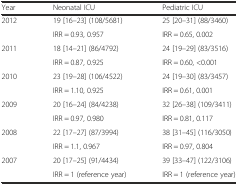
| Year | Neonatal ICU | Pediatric ICU |
 | --- | --- | --- |
 | <ROWSPAN=2> 2012 | 19 [16–23] (108/5681) | 25 [20–31] (88/3460) |
 | IRR = 0.93, 0.957 | IRR = 0.65, 0.002 |
 | <ROWSPAN=2> 2011 | 18 [14–21] (86/4792) | 24 [19–29] (83/3516) |
 | IRR = 0.87, 0.925 | IRR = 0.60, <0.001 |
 | <ROWSPAN=2> 2010 | 23 [19–28] (106/4522) | 24 [19–30] (83/3457) |
 | IRR = 1.10, 0.925 | IRR = 0.61, 0.001 |
 | <ROWSPAN=2> 2009 | 20 [16–24] (84/4238) | 32 [26–38] (109/3411) |
 | IRR = 0.97, 0.980 | IRR = 0.81, 0.117 |
 | <ROWSPAN=2> 2008 | 22 [17–27] (87/3994) | 38 [31–45] (116/3050) |
 | IRR = 1.1, 0.967 | IRR = 0.97, 0.804 |
 | <ROWSPAN=2> 2007 | 20 [17–25] (91/4434) | 39 [33–47] (122/3106) |
 | IRR = 1 (reference year) | IRR = 1 (reference year) |